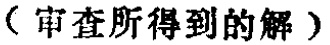
（审查所得到的解）